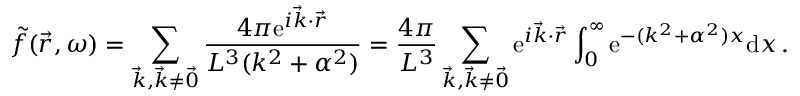
\Tilde { f } ( \vec { r } , \omega ) = \sum _ { \vec { k } , \vec { k } \neq \vec { 0 } } \frac { 4 \pi \mathrm { e } ^ { i \vec { k } \cdot \vec { r } } } { L ^ { 3 } ( k ^ { 2 } + \alpha ^ { 2 } ) } = \frac { 4 \pi } { L ^ { 3 } } \sum _ { \vec { k } , \vec { k } \neq \vec { 0 } } \mathrm { e } ^ { i \vec { k } \cdot \vec { r } } \int _ { 0 } ^ { \infty } \mathrm { e } ^ { - ( k ^ { 2 } + \alpha ^ { 2 } ) x } \mathrm { d } x \, .